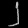
Digit: ၂